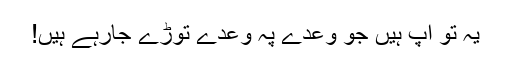
یہ تو آپ ہیں جو وعدے پہ وعدے توڑے جارہے ہیں!